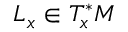
L _ { x } \in T _ { x } ^ { * } M